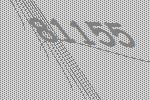
81155